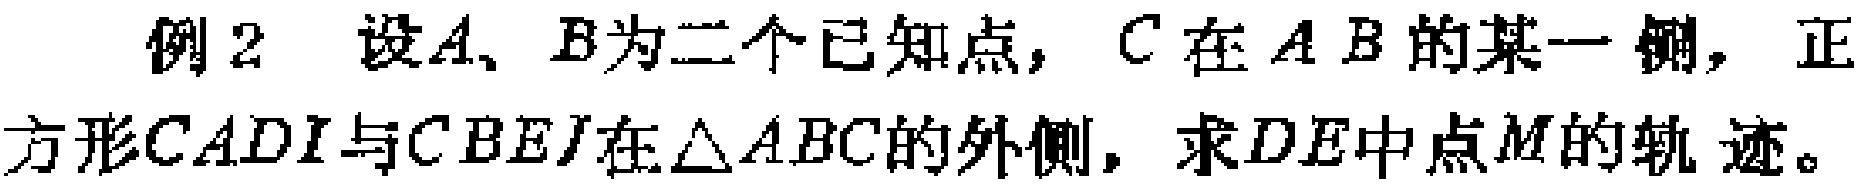
例2 设\(A、B\)为二个已知点，\(C\)在\(AB\)的某一侧，正方形\(CADI\)与\(CBEJ\)在\(\triangle ABC\)的外侧，求\(DE\)中点\(M\)的轨迹。